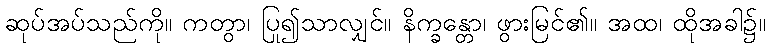
ဆုပ်အပ်သည်ကို။ ကတွာ၊ ပြု၍သာလျှင်။ နိက္ခန္တော၊ ဖွားမြင်၏။ အထ၊ ထိုအခါ၌။